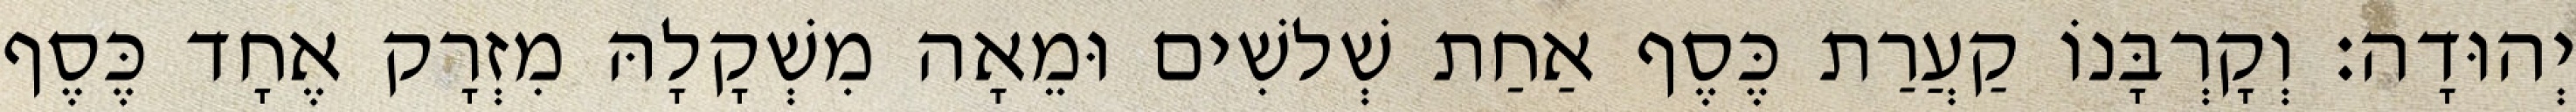
יְהוּדָה׃ וְקָרְבָּנוֹ קַעֲרַת כֶּסֶף אַחַת שְׁלשִׁים וּמֵאָה מִשְׁקָלָהּ מִזְרָק אֶחָד כֶּסֶף